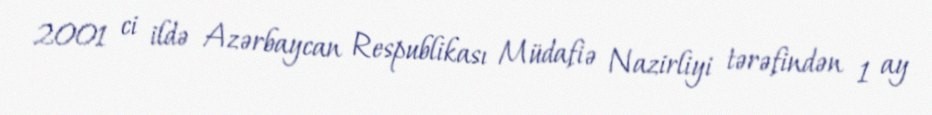
2001 ci ildə Azərbaycan Respublikası Müdafiə Nazirliyi tərəfindən 1 ay